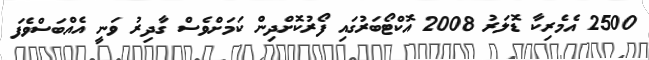
2500 އެމެރިކާ ޑޮލަރު 2008 އޮކްޓޯބަރުގައި ފޯރުކޮށްދިން ކަމަށްވެސް ގާދިރު ވަނީ އެއްބަސްވެފަ